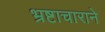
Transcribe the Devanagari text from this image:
भ्रष्टाचाराने